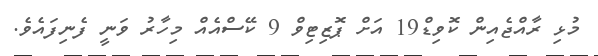
މުޅި ރާއްޖެއިން ކޮވިޑް19 އަށް ޕޮޒިޓިވް 9 ކޭސްއެއް މިހާރު ވަނީ ފެނިފައެވެ.